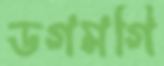
ডগমগি